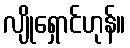
လျိုရှောင်ဟုန်။